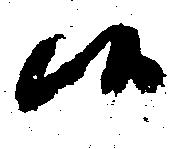
候